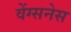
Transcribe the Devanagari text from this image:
वेंग्सनेस